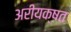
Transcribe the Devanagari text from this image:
अरीयक्षत